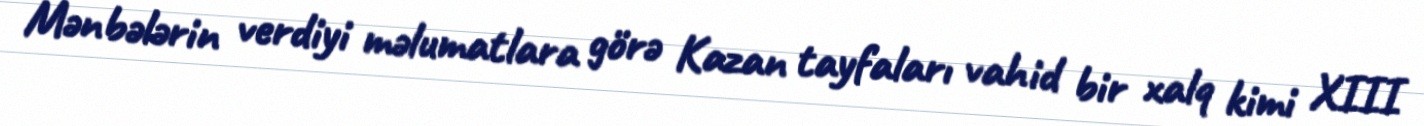
Mənbələrin verdiyi məlumatlara görə Kazan tayfaları vahid bir xalq kimi XIII